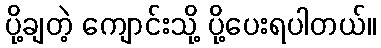
ပို့ချတဲ့ ကျောင်းသို့ ပို့ပေးရပါတယ်။